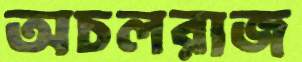
অচলরাজ